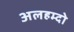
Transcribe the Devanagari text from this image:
अलहम्दो